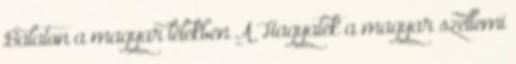
Balaton a magyar lélekben A Hagyaték a magyar szellemi